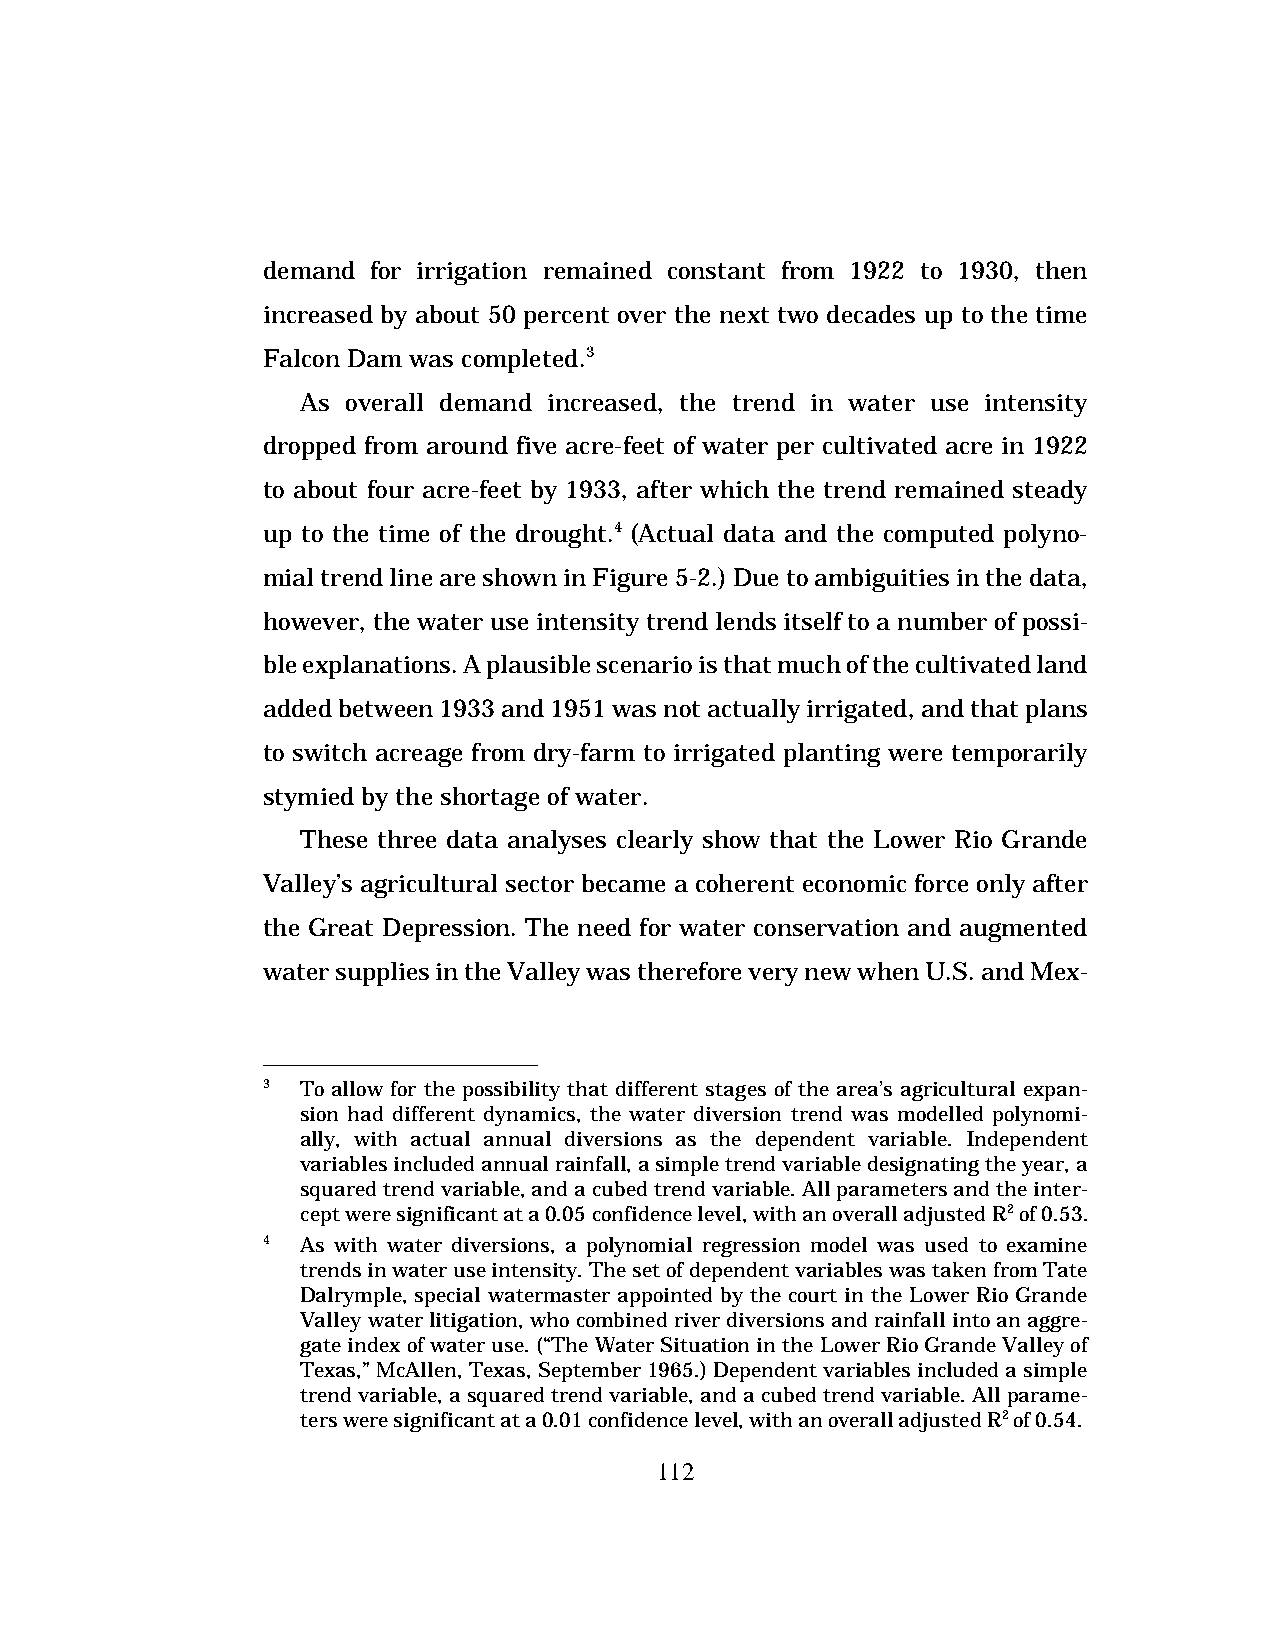
demand  for irrigation remained constant from 1922 to 1930, then
 increased by about 50 percent over the next two decades up to the time
 Falcon Dam was completed.3
 As overall demand increased, the trend in water use intensity
 dropped from around five acre-feet of water per cultivated acre in 1922
 to about four acre-feet by 1933, after which the trend remained steady
 up to the time of the drought.4 (Actual data and the computed polyno-
 mial trend line are shown in Figure 5-2.) Due to ambiguities in the data,
 however, the water use intensity trend lends itself to a number of possi-
 ble explanations. A plausible scenario is that much of the cultivated land
 added between 1933 and 1951 was not actually irrigated, and that plans
 to switch acreage from dry-farm to irrigated planting were temporarily
 stymied by the shortage of water.
 These three data analyses clearly show that the Lower Rio Grande
 Valley’s agricultural sector became a coherent economic force only after
 the Great Depression. The need for water conservation and augmented
 water supplies in the Valley was therefore very new when U.S. and Mex-
 3  To allow for the possibility that different stages of the area’s agricultural expan-
 sion had different dynamics, the water diversion trend was modelled polynomi-
 ally, with actual annual diversions as the dependent variable. Independent
 variables included annual rainfall, a simple trend variable designating the year, a
 squared trend variable, and a cubed trend variable. All parameters and the inter-
 cept were significant at a 0.05 confidence level, with an overall adjusted R2 of 0.53.
 4  As with water diversions, a polynomial regression model was used to examine
 trends in water use intensity. The set of dependent variables was taken from Tate
 Dalrymple, special watermaster appointed by the court in the Lower Rio Grande
 Valley water litigation, who combined river diversions and rainfall into an aggre-
 gate index of water use. (“The Water Situation in the Lower Rio Grande Valley of
 Texas,” McAllen, Texas, September 1965.) Dependent variables included a simple
 trend variable, a squared trend variable, and a cubed trend variable. All parame-
 ters were significant at a 0.01 confidence level, with an overall adjusted R2 of 0.54.
 112